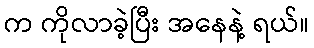
က ကိုလာခဲ့ပြီး အနေနဲ့ ရယ်။